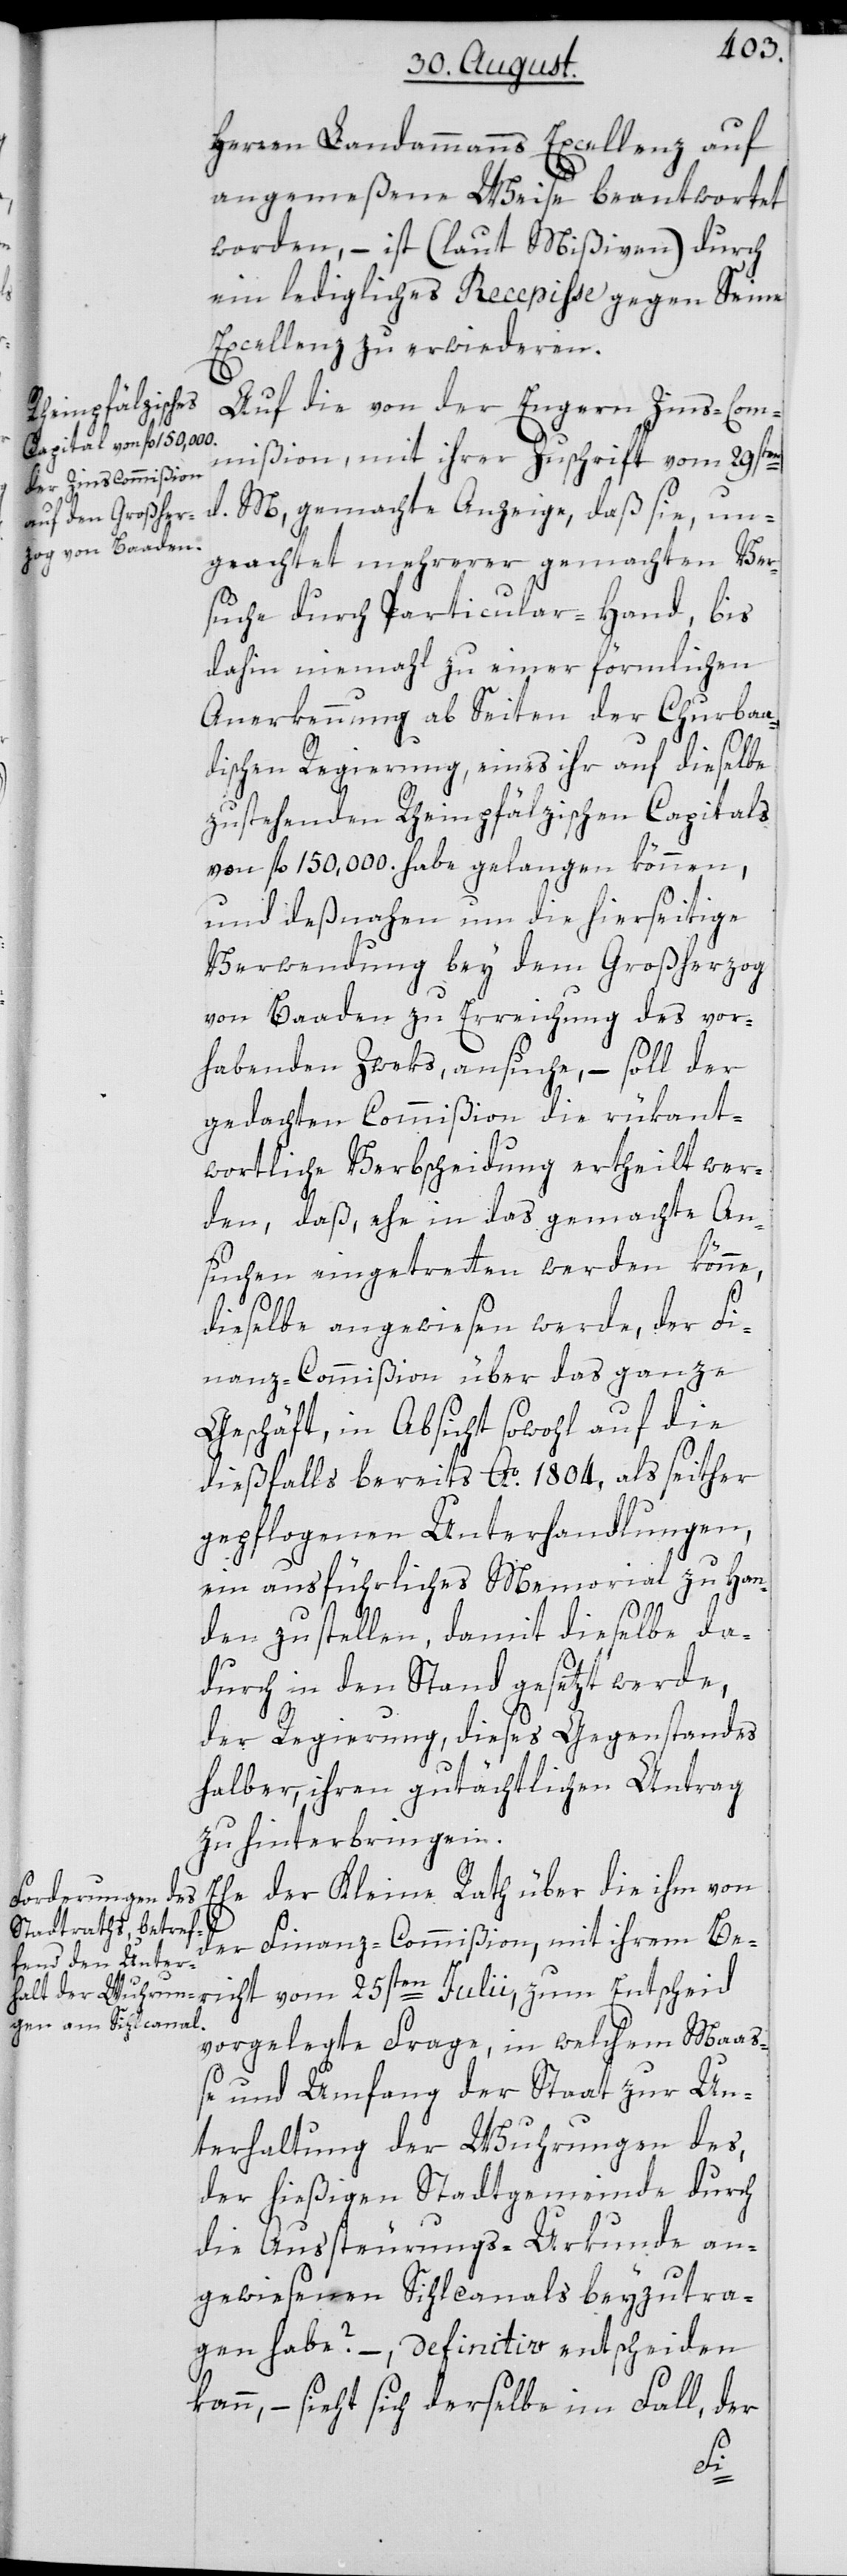
Herren Landammanns Excellenz auf
angemeßene Weise beantwortet
worden, – ist (laut Mißiven) durch
ein ledigliches Recepisse gegen Seine
Excellenz zu erwideren.
Auf die von der Engern Zins-Com¬
mißion, mit ihrer Zuschrift vom 29sten
d. M, gemachte Anzeige, daß sie, un¬
geachtet mehrerer gemachten Ver¬
suche durch Particular-Hand, bis
dahin niemahl zu einer förmlichen
Anerkennung ab Seiten der Churbaa¬
dischen Regierung, eines ihr auf dieselbe
zustehenden Rheinpfälzischen Capitals
von fl. 150,000. habe gelangen können,
und deßnahen um die hierseitige
Verwendung bey dem Großherzog
von Baaden zu Erreichung des vor¬
habenden Zweks, ansuche, – soll der
gedachten Commißion die rükant¬
wortliche Verbscheidung ertheilt wer¬
den, daß, ehe in das gemachte An¬
suchen eingetretten werden könne,
dieselbe angewiesen werde, der Fi¬
nanz-Commißion über das ganze
Geschäft, in Absicht sowohl auf die
dießfalls bereits Ao. 1804, als seither
gepflogenen Unterhandlungen,
ein ausführliches Memorial zu Han¬
den zu stellen, damit dieselbe da¬
durch in den Stand gesetzt werde,
der Regierung, dieses Gegenstandes
halber, ihren gutächtlichen Antrag
zu hinterbringen.
Ehe der Kleine Rath über die ihm von
der Finanz-Commißion, mit ihrem Ber¬
icht vom 25sten Julii, zum Entscheid
vorgelegte Frage, in welchem Maa¬
ße und Umfang der Staat zur Un¬
terhaltung der Wuhrungen des,
der hießigen Stadtgemeinde durch
die Aussteurungs-Urkunde an¬
gewiesenen Sihlcanals beyzutra¬
gen habe? –, definitiv entscheiden
kann, – sieht sich derselbe im Fall, der